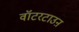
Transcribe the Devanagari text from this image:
वॉटरटाउऩ